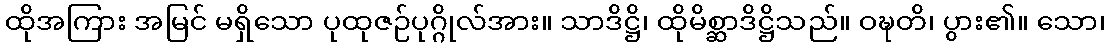
ထိုအကြား အမြင် မရှိသော ပုထုဇဉ်ပုဂ္ဂိုလ်အား။ သာဒိဋ္ဌိ၊ ထိုမိစ္ဆာဒိဋ္ဌိသည်။ ဝဍ္ဎတိ၊ ပွား၏။ သော၊